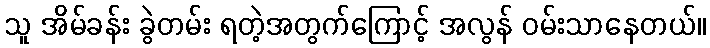
သူ အိမ်ခန်း ခွဲတမ်း ရတဲ့အတွက်ကြောင့် အလွန် ဝမ်းသာနေတယ်။